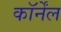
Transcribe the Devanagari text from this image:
कॉर्नेंल